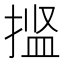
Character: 𫽝